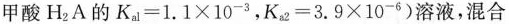
甲酸H_{2}A的$$K_{a1}=1.1\times 10^{-3}$$，$$K_{a2}=3.9\times 10^{-6})$$溶液，混合